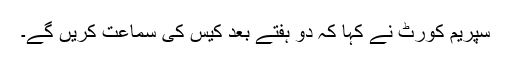
سپریم کورٹ نے کہا کہ دو ہفتے بعد کیس کی سماعت کریں گے۔